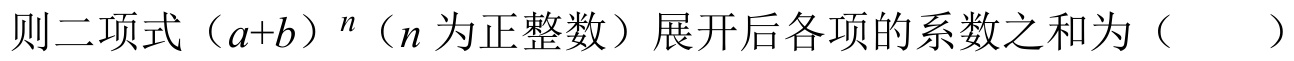
则二项式\((a + b)^{n}\)（\(n\)为正整数）展开后各项的系数之和为（  ）